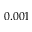
0 . 0 0 1